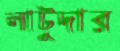
লাটুদার